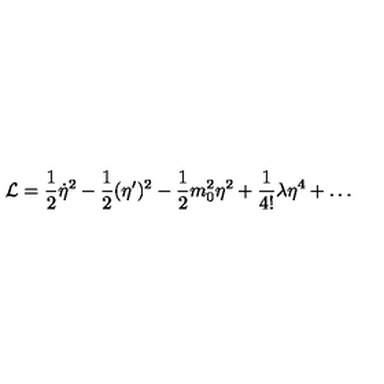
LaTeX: { \cal L } = \frac { 1 } { 2 } \dot { \eta } ^ { 2 } - \frac { 1 } { 2 } ( \eta ^ { \prime } ) ^ { 2 } - \frac { 1 } { 2 } m _ { 0 } ^ { 2 } \eta ^ { 2 } + \frac { 1 } { 4 ! } \lambda \eta ^ { 4 } + \ldots